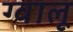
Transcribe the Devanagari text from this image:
ग्वालू